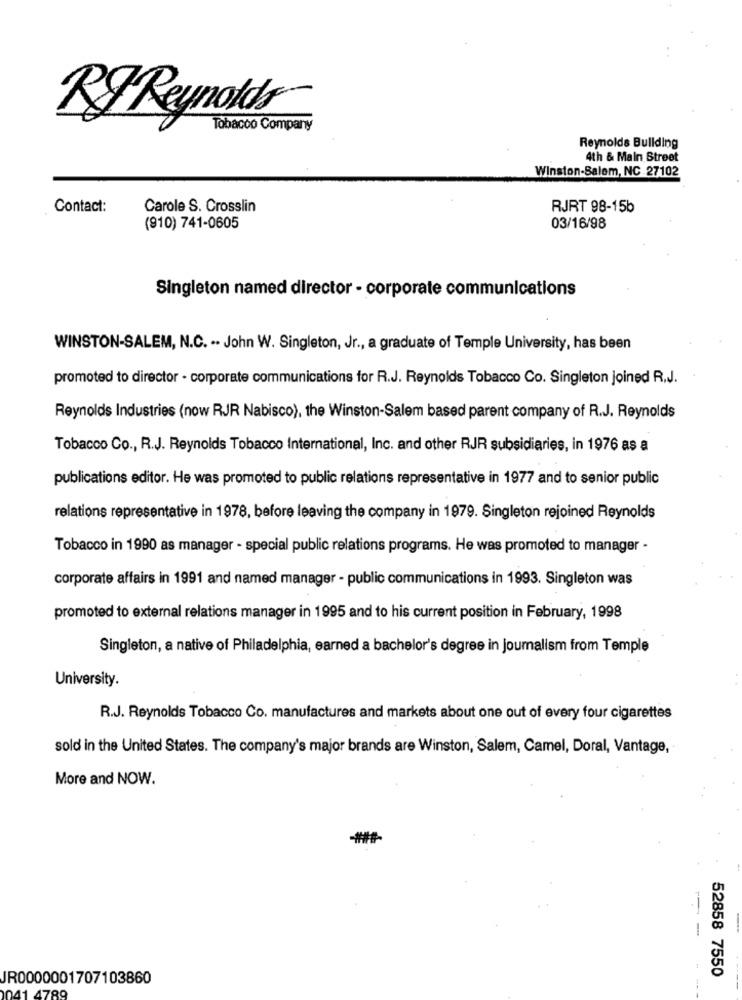
RJ Reynolds
Tobacco Company
Reynolds Buliding
4th & Main Street
Winston-Salem, NC .27102
Contact:
Carole S. Crosslin
RJRT 98-15b
(910) 741-0605
03/16/98
Singleton named director - corporate communications
WINSTON-SALEM, N.C. .. John W. Singleton, Jr ., a graduate of Temple University, has been
promoted to director - corporate communications for R.J. Reynolds Tobacco Co. Singleton joined R.J.
Reynolds Industries (now RJR Nabisco), the Winston-Salem based parent company of R.J. Reynolds
Tobacco Co ., R.J. Reynolds Tobacco International, Inc. and other RJR subsidiaries, in 1976 as a
publications editor. He was promoted to public relations representative in 1977 and to senior public
relations representative in 1978, before leaving the company in 1979. Singleton rejoined Reynolds
Tobacco in 1990 as manager - special public relations programs. He was promoted to manager -
corporate affairs in 1991 and named manager - public communications in 1993. Singleton was
promoted to external relations manager in 1995 and to his current position in February, 1998
Singleton, a native of Philadelphia, earned a bachelor's degree in journalism from Temple
University.
R.J. Reynolds Tobacco Co. manufactures and markets about one out of every four cigarettes
sold in the United States. The company's major brands are Winston, Salem, Camel, Doral, Vantage,
More and NOW.
52858 7550
JR0000001707103860
1 4789